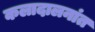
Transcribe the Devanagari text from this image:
कलादालनांत